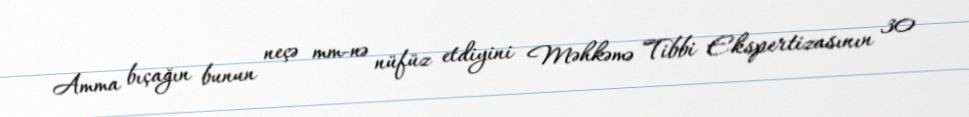
Amma bıçağın bunun neçə mm-nə nüfüz etdiyini Məhkəmə Tibbi Ekspertizasının 30